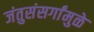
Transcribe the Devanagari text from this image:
जंतुसंसर्गांमुळे